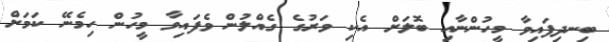
ބިނދިފައިވާ މީހުންނާއި ބޮލަށް އެކި ވަރުގެ ގެއްލުން ވެފައިވާ މީހުން ހިމެނޭ ކަމަށް